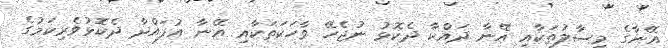
އޭނާގެ މިސާލުތަކާއި އޭނާ ދައްކާ ދެކޮޅު ނުޖެހޭ ވާހަކަތަކާއި އޭނާ އުފައްދާ ދެކޮޅުވެރިކަމުގެ